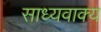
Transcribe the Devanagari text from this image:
साध्यवाक्य